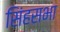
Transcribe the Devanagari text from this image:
सिंहसभा